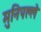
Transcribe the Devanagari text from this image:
मुनिपल्ले